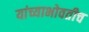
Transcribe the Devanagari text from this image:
यांच्याभोवतीच